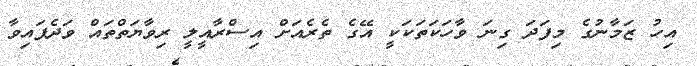
އިހު ޒަމާނުގެ މިފަދަ ގިނަ ވާހަކަތަކަކީ އޭގެ ތެރެއަށް އިސްރާއީލީ ރިވާޔަތްތައް ވަދެފައިވާ